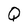
Character: Q